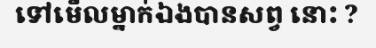
ទៅមើលម្នាក់ឯងបានសព្វ នោះ ?